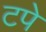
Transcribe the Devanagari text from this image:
टपे